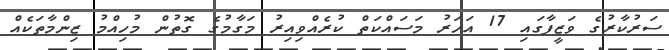
ސަރުކާރުގެ ވަޒީފާގައި 17 އަހަރު މަސައްކަތް ކުރެއްވިއިރު މަގާމުގެ ގޮތުން މުހިއްމު ޒިންމާތަކެއް